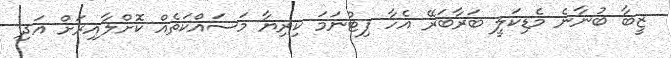
ޒީބާ ބުނާނެ މެޑިކަލީ ބަރާބަރޭ އެހާ ފިޓްނަމަ ކިރިޔާ މަސައްކަތެއް ކޮށްލާއިރަށް އަދި